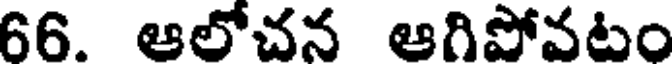
66. ఆలోచన ఆగిపోవటం